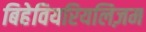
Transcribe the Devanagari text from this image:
बिहेवियरियलिज़म